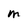
Character: M